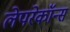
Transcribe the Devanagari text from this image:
लेपरेकॉन्स